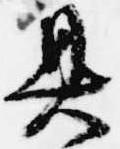
具